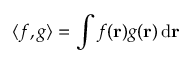
\langle f , g \rangle = \int f ( \mathbf { r } ) g ( \mathbf { r } ) \, \mathrm { d } \mathbf { r }